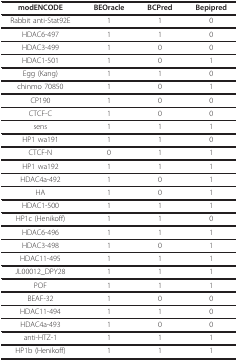
<table><thead><tr><td><b>modENCODE</b></td><td><b>BEOracle</b></td><td><b>BCPred</b></td><td><b>Bepipred</b></td></tr></thead><tbody><tr><td>Rabbit anti-Stat92E</td><td>1</td><td>1</td><td>0</td></tr><tr><td>HDAC6-497</td><td>1</td><td>1</td><td>0</td></tr><tr><td>HDAC3-499</td><td>1</td><td>0</td><td>0</td></tr><tr><td>HDAC1-501</td><td>1</td><td>0</td><td>1</td></tr><tr><td>Egg (Kang)</td><td>1</td><td>1</td><td>0</td></tr><tr><td>chinmo 70850</td><td>1</td><td>0</td><td>1</td></tr><tr><td>CP190</td><td>1</td><td>0</td><td>0</td></tr><tr><td>CTCF-C</td><td>1</td><td>0</td><td>0</td></tr><tr><td>sens</td><td>1</td><td>1</td><td>1</td></tr><tr><td>HP1 wa191</td><td>1</td><td>1</td><td>0</td></tr><tr><td>CTCF-N</td><td>0</td><td>1</td><td>1</td></tr><tr><td>HP1 wa192</td><td>1</td><td>1</td><td>1</td></tr><tr><td>HDAC4a-492</td><td>1</td><td>0</td><td>1</td></tr><tr><td>HA</td><td>1</td><td>0</td><td>1</td></tr><tr><td>HDAC1-500</td><td>1</td><td>1</td><td>1</td></tr><tr><td>HP1c (Henikoff)</td><td>1</td><td>1</td><td>0</td></tr><tr><td>HDAC6-496</td><td>1</td><td>1</td><td>1</td></tr><tr><td>HDAC3-498</td><td>1</td><td>0</td><td>1</td></tr><tr><td>HDAC11-495</td><td>1</td><td>1</td><td>1</td></tr><tr><td>JL00012_DPY28</td><td>1</td><td>1</td><td>1</td></tr><tr><td>POF</td><td>1</td><td>1</td><td>1</td></tr><tr><td>BEAF-32</td><td>1</td><td>0</td><td>0</td></tr><tr><td>HDAC11-494</td><td>1</td><td>1</td><td>0</td></tr><tr><td>HDAC4a-493</td><td>1</td><td>0</td><td>0</td></tr><tr><td>anti-HTZ-1</td><td>1</td><td>1</td><td>1</td></tr><tr><td>HP1b (Henikoff)</td><td>1</td><td>1</td><td>1</td></tr></tbody></table>